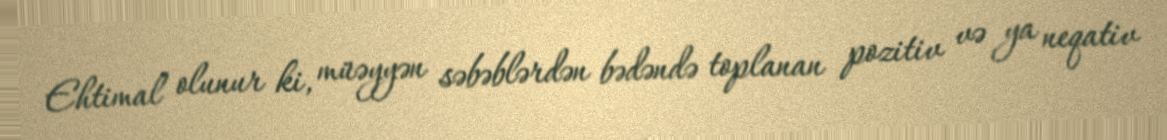
Ehtimal olunur ki, müəyyən səbəblərdən bədəndə toplanan pozitiv və ya neqativ